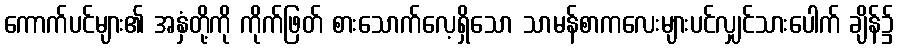
ကောက်ပင်များ၏ အနှံတို့ကို ကိုက်ဖြတ် စားသောက်လေ့ရှိသော သာမန်စာကလေးများပင်လျှင်သားပေါက် ချိန်၌